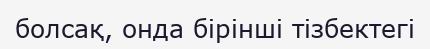
болсақ, онда бірінші тізбектегі